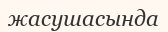
жасушасында